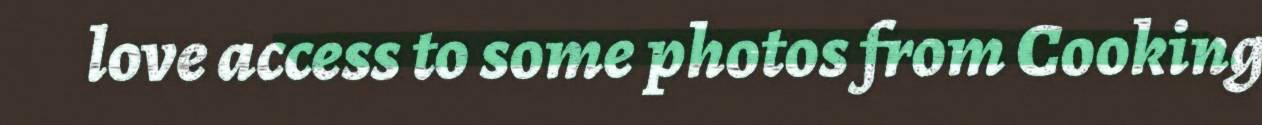
love access to some photos from Cooking